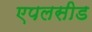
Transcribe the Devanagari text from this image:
एपलसीड